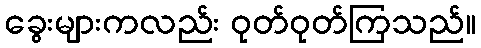
ခွေးများကလည်း ဝုတ်ဝုတ်ကြသည်။